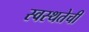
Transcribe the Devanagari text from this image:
स्वस्थतेची